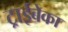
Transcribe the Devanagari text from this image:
ट्राईबेका